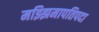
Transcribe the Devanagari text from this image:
मझ्झिमापतिपदा